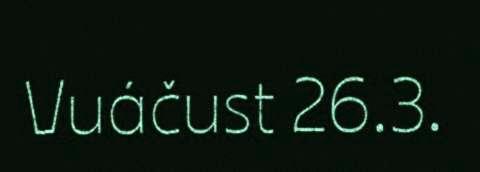
Vuáčust 26.3.